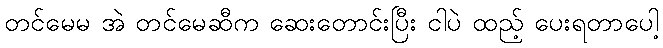
တင်မေမ အဲ တင်မေဆီက ဆေးတောင်းပြီး ငါပဲ ထည့် ပေးရတာပေါ့